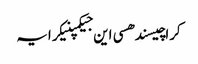
کراچیسندھسی این جیکمپنیکرایہ